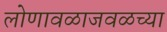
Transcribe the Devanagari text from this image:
लोणावळाजवळच्या